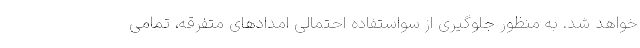
خواهد شد. به منظور جلوگیری از سواستفاده احتمالی امدادهای متفرقه، تمامی